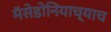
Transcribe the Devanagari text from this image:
मॅसेडोनियाच्याच